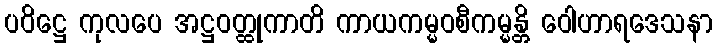
ပဝိဋ္ဌေ ကုလပေ အဋ္ဌဝတ္ထုကာတိ ကာယကမ္မဝစီကမ္မန္တိ ဝေါဟာရဒေသနာ